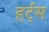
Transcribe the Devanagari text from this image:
हर्ट्‌स